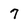
Character: 7